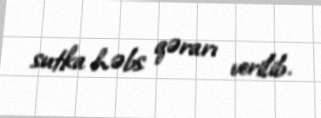
sutka həbs qərarı verilib.